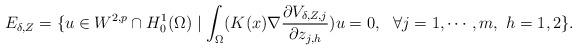
LaTeX: \begin{align*}E_{\delta,Z}=\{u\in W^{2,p}\cap H^1_0(\Omega)\mid \int_{\Omega}(K(x)\nabla \frac{\partial V_{\delta, Z,j}}{\partial z_{j,h}})u=0,\ \ \forall j=1,\cdots,m,\ h=1,2\}.\end{align*}